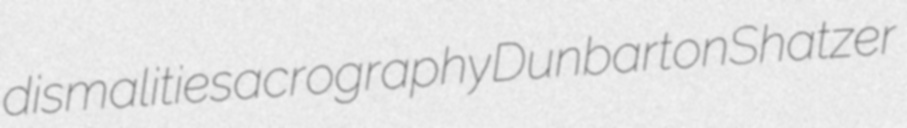
dismalities acrography Dunbarton Shatzer